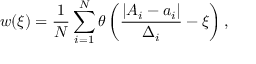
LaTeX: w ( \xi ) = \frac { 1 } { N } \sum _ { i = 1 } ^ { N } \theta \left( \frac { | A _ { i } - a _ { i } | } { \Delta _ { i } } - \xi \right) ,